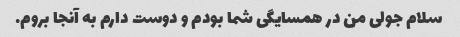
سلام جولی من در همسایگی شما بودم و دوست دارم به آنجا بروم.